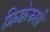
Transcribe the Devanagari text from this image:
फ्रिक्वेस्न्सी